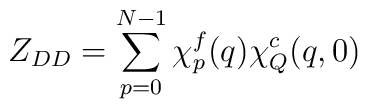
Z_{DD}=\sum_{p=0}^{N-1}\chi^f_p(q)\chi^c_Q(q ,0)